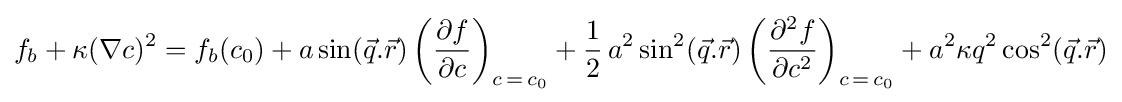
f_{b}+\kappa (\nabla c)^{2}=f_{b}(c_{0})+a\sin({\vec {q}}.{\vec {r}})\left({\frac {\partial f}{\partial c}}\right)_{c\,=\,c_{0}}+{\frac {1}{2}}\,a^{2}\sin ^{2}({\vec {q}}.{\vec {r}})\left({\frac {\partial ^{2}f}{\partial c^{2}}}\right)_{c\,=\,c_{0}}+a^{2}\kappa q^{2}\cos ^{2}({\vec {q}}.{\vec {r}})